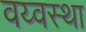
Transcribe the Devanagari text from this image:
वय्वस्था